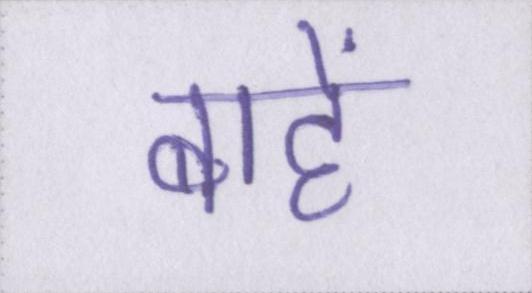
बांहें